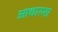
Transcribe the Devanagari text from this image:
आधारमा